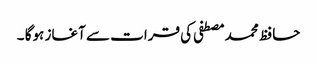
حافظ محمد مصطفی کی قرات سے آغاز ہوگا ۔